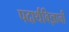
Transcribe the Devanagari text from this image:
पदार्थविज्ञानी